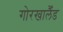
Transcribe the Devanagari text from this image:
गोरखालैँड